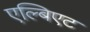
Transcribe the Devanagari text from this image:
एल्बिएट